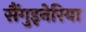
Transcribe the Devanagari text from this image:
सैंगुइनेरिया